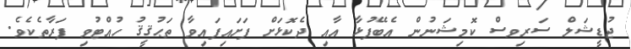
ޖުޑީޝަލް ސަރިވސް ކޮމިޝަނުން އެބޭފުޅާ އާއި ދެކޮޅަށް ފަށައިފައިވާ ތަޙުޤީޤު ހުއްޓުވި ފަރާތެކެވެ.